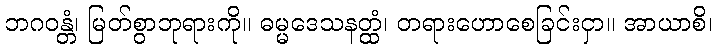
ဘဂဝန္တံ၊ မြတ်စွာဘုရားကို။ ဓမ္မဒေသနတ္ထံ၊ တရားဟောစေခြင်းငှာ။ အာယာစိ၊